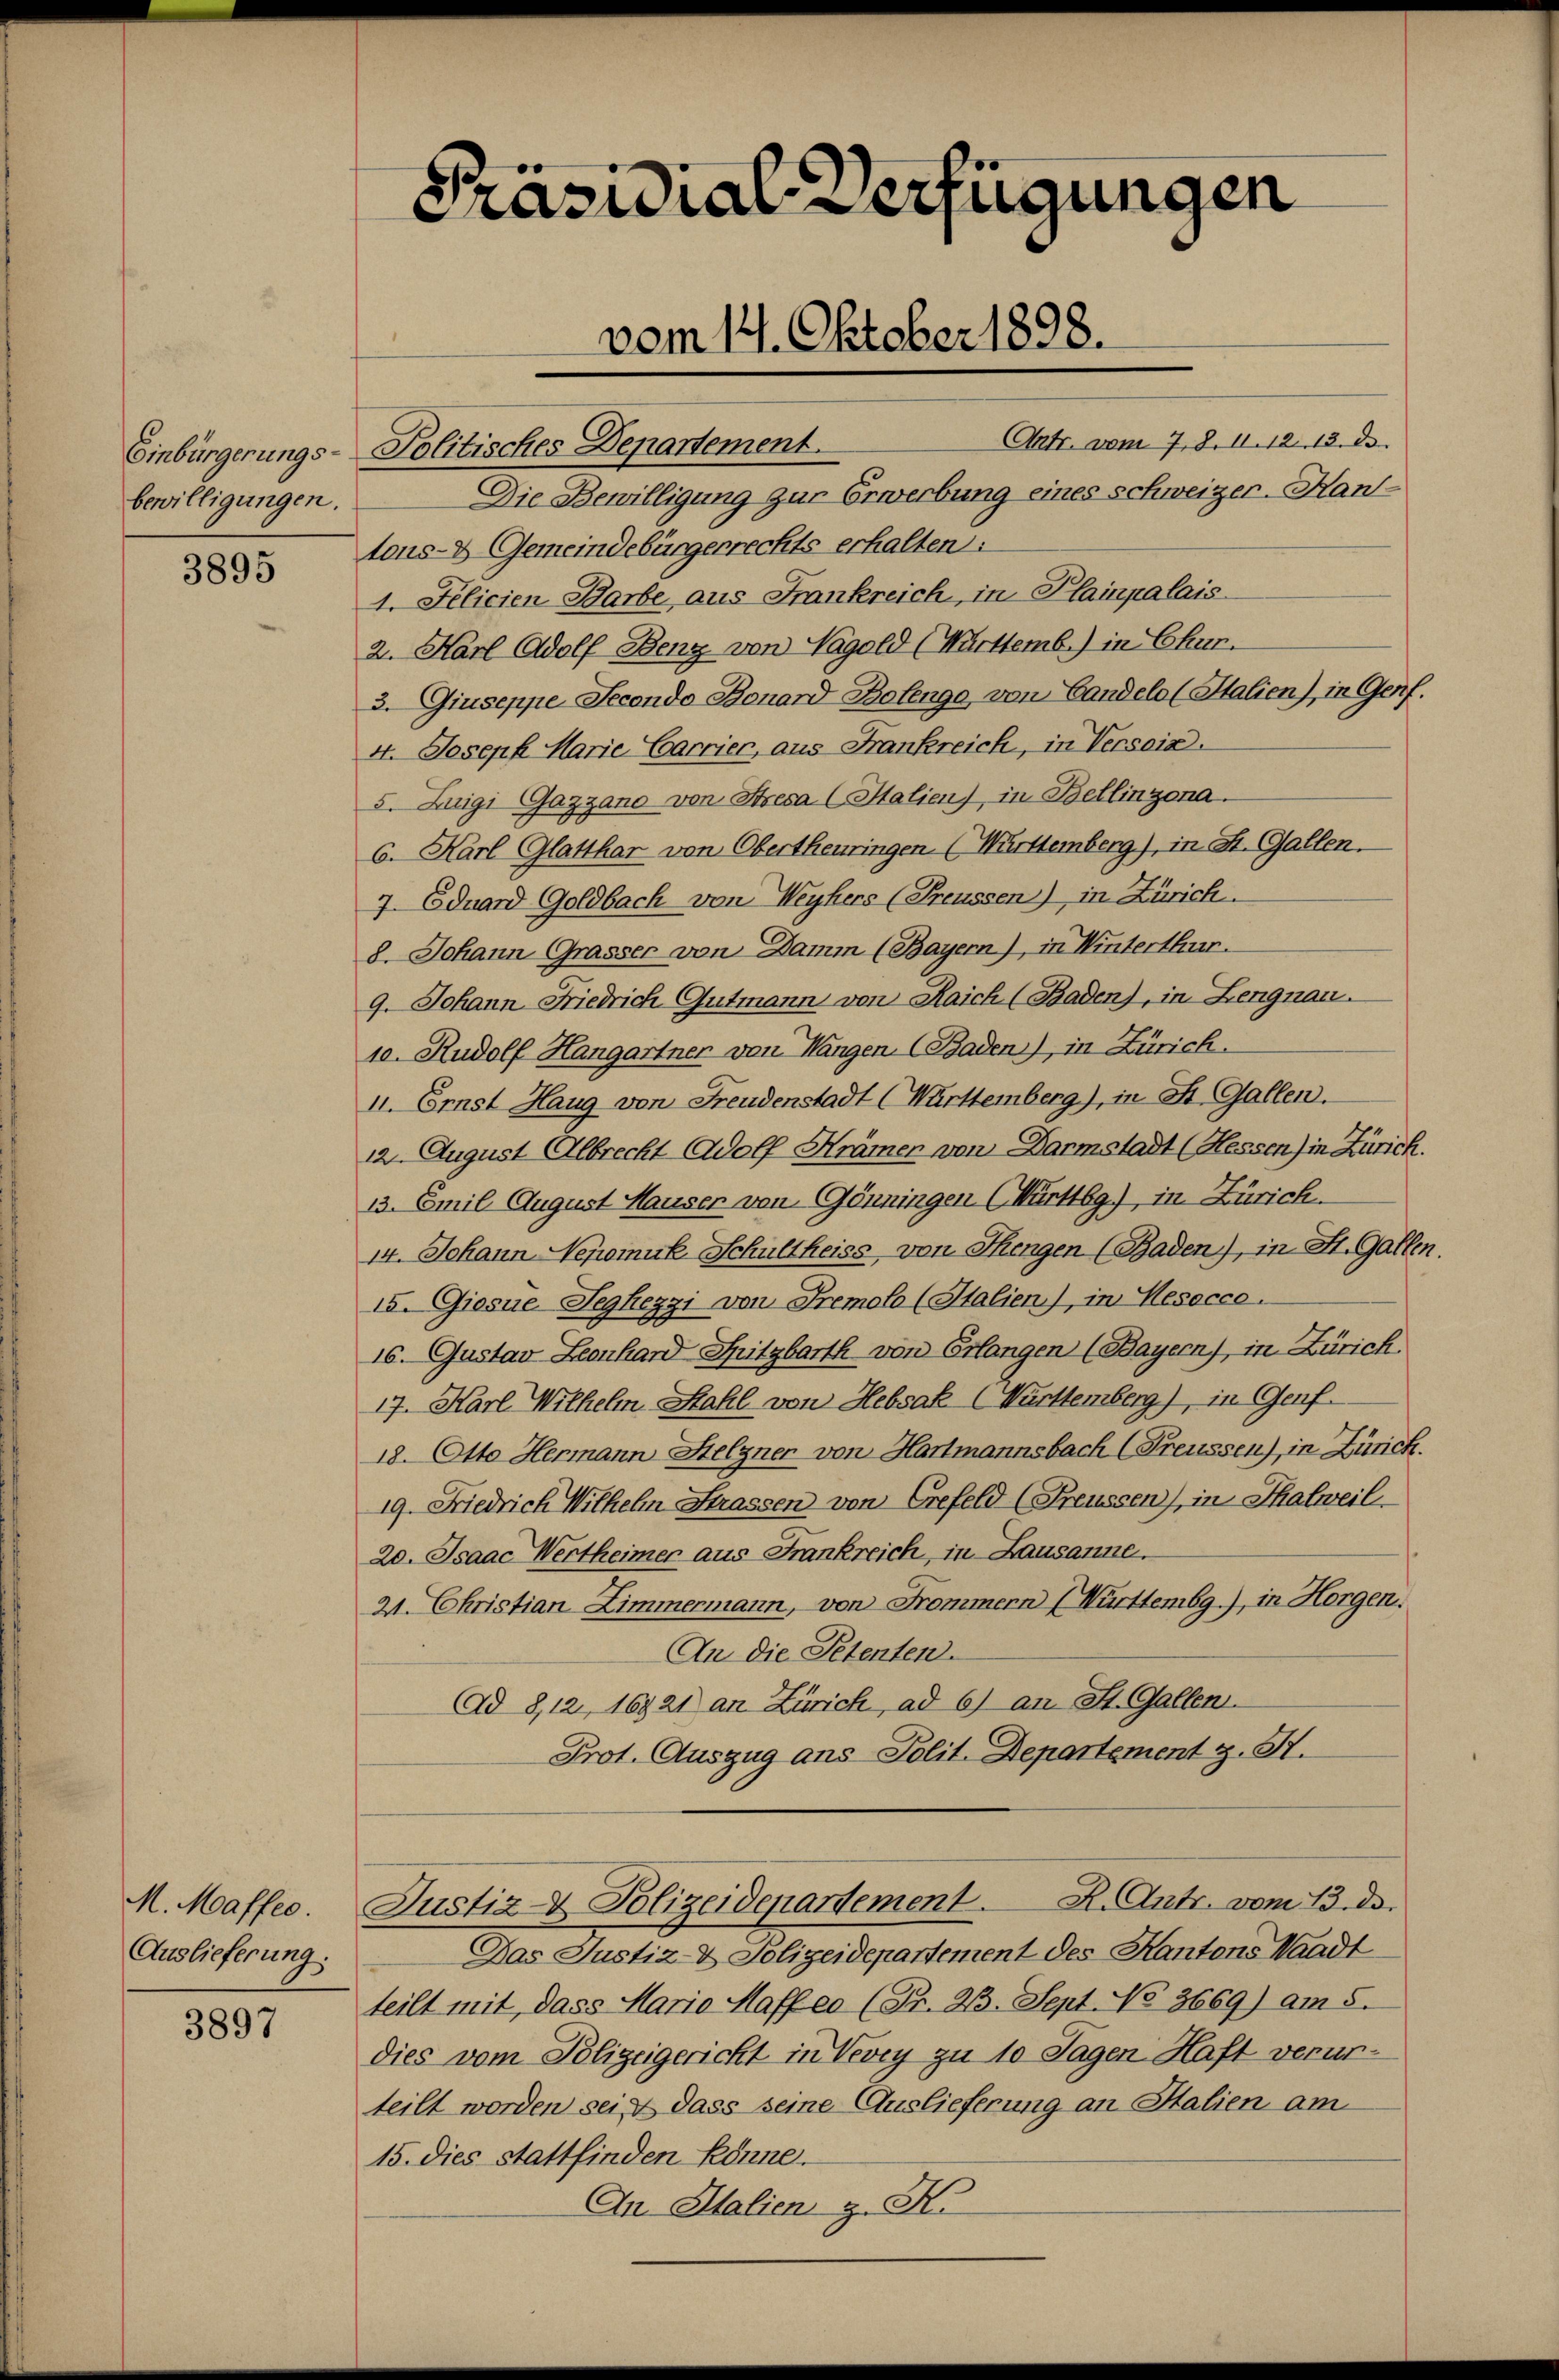
Einbürgerungs-
bewilligungen.

3895

M. Maffee.
Auslieferung:

3897

Präsidial-Verfügungen
vom 12. Oktober 1898.

Antr. vom 7. 8. 11. 12. 12. de
Politisches Departement.
Die Bewilligung zur Erwerbung eines Schweizer-Hant-
tons- & Gemeindebürgerrechts erhalten:
1. Felicien Barbe aus Frankreich, in Plainpalais
2. Karl Adolf Benz von Nagold (Württemb.) in Chur.
3. Giuseppe Jeconda Bonard Botengo, von Candels (Stalien), in Genf.
4. Joseph Marie Carrier, aus Frankreich, in Versoin.
5. Luigi Gazzano von Stresa (Italien), in Bellinzona.
6. Karl Glatthar von Obertheuringen. (Württemberg), in St. Gallen.
7. Eduard Goldbach von Weyhers (Freussen) in Zürich.
8. Johann Grasser von Damm (Bayern), in Winterthur.
9. Johann Friedrich Gutmann von Raich (Baden), in Lengnau.
10. Rudolf Hangartner von Mangen (Baden), in Zürich.
II. Ernst Haug von Freudenstadt (Württemberg), in St. Gallen.
12. August Albrecht Adolf Hrämer von Darmstadt (Hessen) in Zürich.
13. Emil August Hauser von Gönningen (Württbg.), in Zürich
14. Johann Nepomuk Schultheiss von Sengen (Baden), in St. Gallen.
15. Giosne Seghezzi von Premolo (Italien), in Mesocco.
10. Gustav Leonhard Spitzbarth von Erlangen (Bayern), in Zürich.
17. Karl Wilhelm Stahl von Hebsak (Württemberg), in Genf.
18. Otto Hermann Helgner von Hartmannsbach (Freussen), in Zürich.
19. Friedrich Wilhelm Strassen von Grefeld (Freussen), in Thalweil.
20. Isaac Wertheimer aus Frankreich, in Lausanne.
2. Christian Zimmermann, von Frommern (Württembg.), in Horgen.
An die Petenten.
Ad 8, 12, 16921 an Zürich, ad 6) an St. Gallen.
Prot. Auszug ans Polit. Departement z. S.

Das Justiz- & Polizeidepartement des Kantons Waadt
teilt mit, dass Maria Haff eo (Fr. 23. Sept. No 3669) am 8.
dies vom Polizeigericht in Vevey zu 10 Tagen Haft verurteilt worden sei, dass seine Auslieferung an Stalien am
15. dies stattfinden könne.
An Halien z. K.

Justiz- & Polizeidepartement. K. Antr. vom 13. ds.